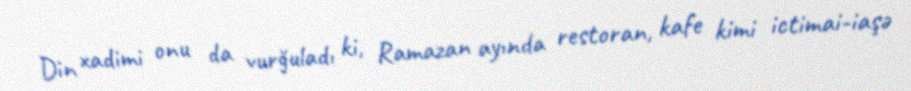
Din xadimi onu da vurğuladı ki, Ramazan ayında restoran, kafe kimi ictimai-iaşə